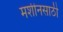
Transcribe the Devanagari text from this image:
मशीनसाठी